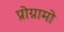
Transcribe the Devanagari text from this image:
प्रोग्रामो